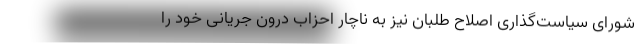
شورای سیاست‌گذاری اصلاح طلبان نیز به ناچار احزاب درون جریانی خود را